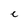
Character: C